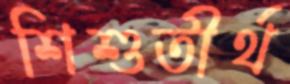
শিশুতীর্থ